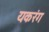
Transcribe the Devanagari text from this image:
यकरंग